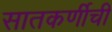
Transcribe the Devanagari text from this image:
सातकर्णीची